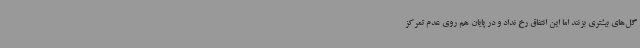
گل‌های بیشتری بزنند اما این انتفاق رخ نداد و در پایان هم روی عدم تمرکز